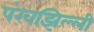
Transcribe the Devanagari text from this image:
पंखझिल्ली